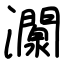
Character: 灁